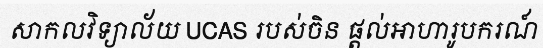
សាកលវិទ្យាល័យ UCAS របស់ចិន ផ្តល់អាហារូបករណ៍